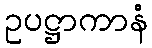
ဥပဋ္ဌာကာနံ